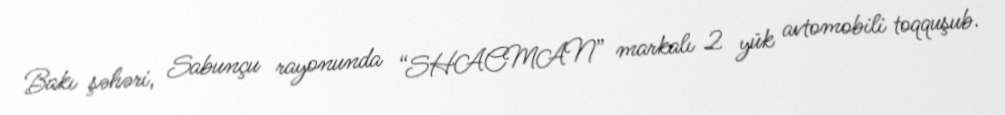
Bakı şəhəri, Sabunçu rayonunda “SHACMAN” markalı 2 yük avtomobili toqquşub.